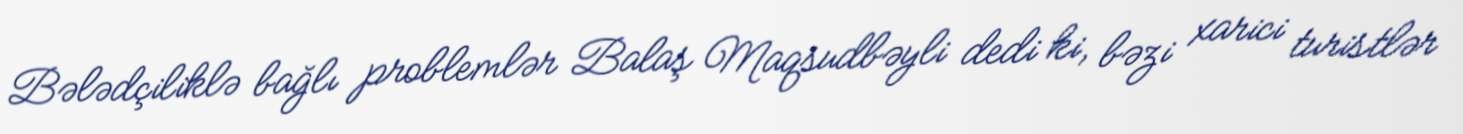
Bələdçiliklə bağlı problemlər Balaş Maqsudbəyli dedi ki, bəzi xarici turistlər